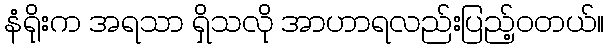
နံရိုးက အရသာ ရှိသလို အာဟာရလည်းပြည့်ဝတယ်။